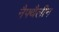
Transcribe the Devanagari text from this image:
नैफ्थैलीन